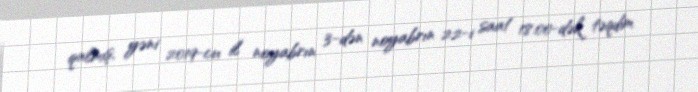
qalmış, yəni 2019-cu il noyabrın 3-dən noyabrın 22-i saat 18:00-dək təqdim